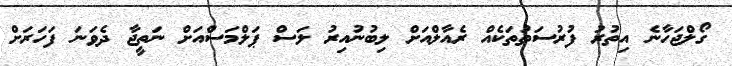
ގޯލްޖަހާނެ އިތުރު ފުރުސަތުތަކެއް ރެއާލްއަށް ލިބުނުއިރު ލަސް ޕަލްމަސްއަށް ނަތީޖާ ދެވަނަ ފަހަރަަށް